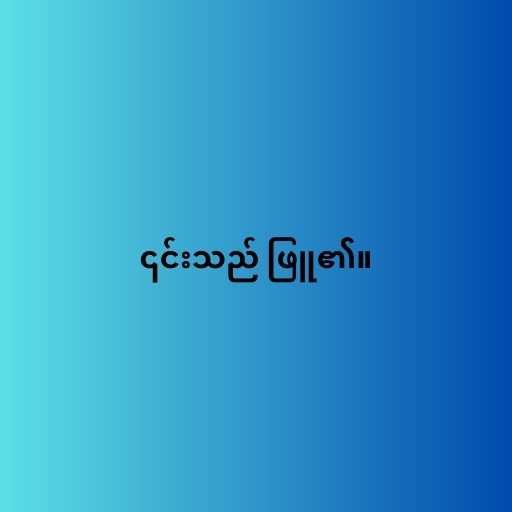
၎င်းသည် ဖြူ၏။